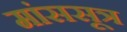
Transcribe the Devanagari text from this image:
मांससूत्र